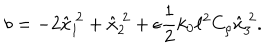
LaTeX: b = - 2 \hat { x } _ { 1 } ^ { ~ 2 } + \hat { x } _ { 2 } ^ { ~ 2 } + \epsilon \frac { 1 } { 2 } k _ { 0 } \ell ^ { 2 } C _ { \rho } \hat { x } _ { 3 } ^ { ~ 2 } .